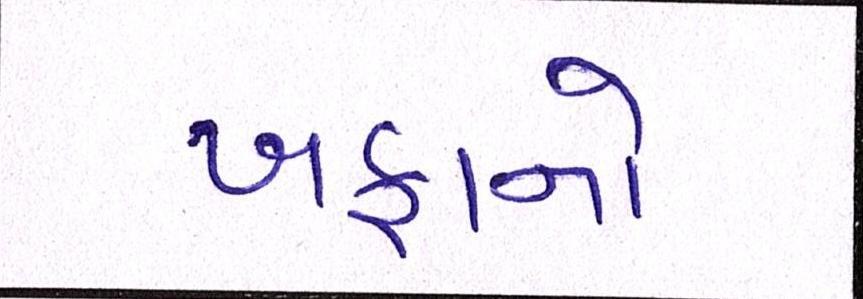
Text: ખફાનો